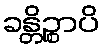
ခန္တိဉ္စာပိ